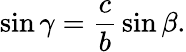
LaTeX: \sin\gamma={\frac{c}{b}}\sin\beta.